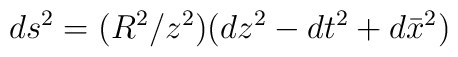
ds^2=(R^2/z^2)(dz^2-dt^2+d\bar{x}^2)